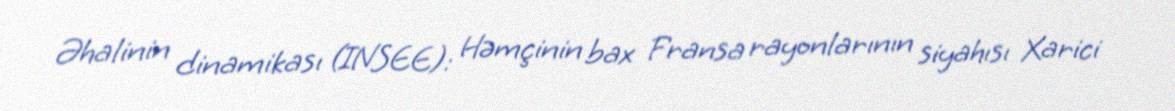
Əhalinin dinamikası (INSEE): Həmçinin bax Fransa rayonlarının siyahısı Xarici